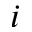
i